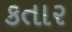
કતાર